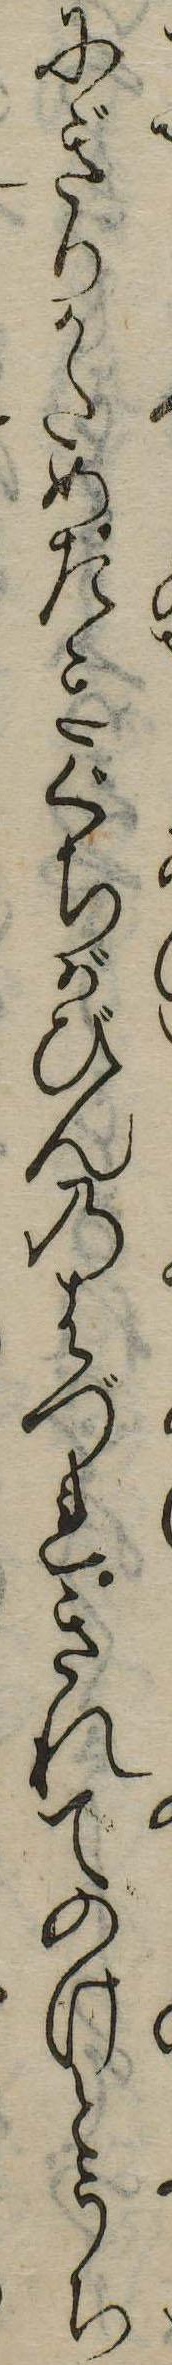
にぎりかためたきぐちがびんのはづれきれてのけとうち